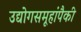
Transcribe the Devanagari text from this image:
उद्योगसमूहांपैकी